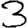
Digit: 3